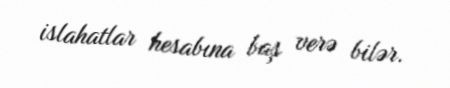
islahatlar hesabına baş verə bilər.